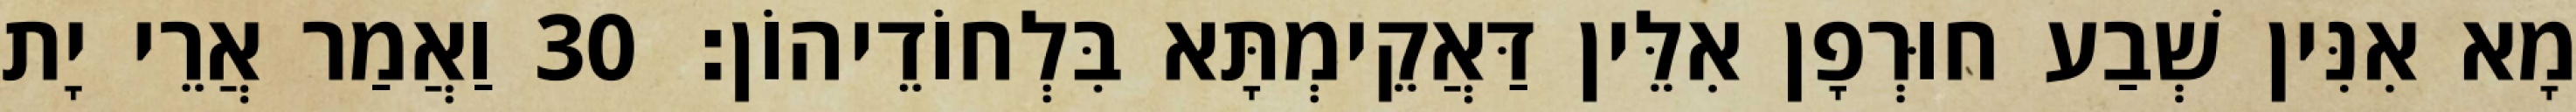
מָא אִנִּין שְׁבַע חוּרְפָן אִלֵּין דַּאֲקֵימְתָּא בִּלְחוֹדֵיהוֹן׃ 30 וַאֲמַר אֲרֵי יָת